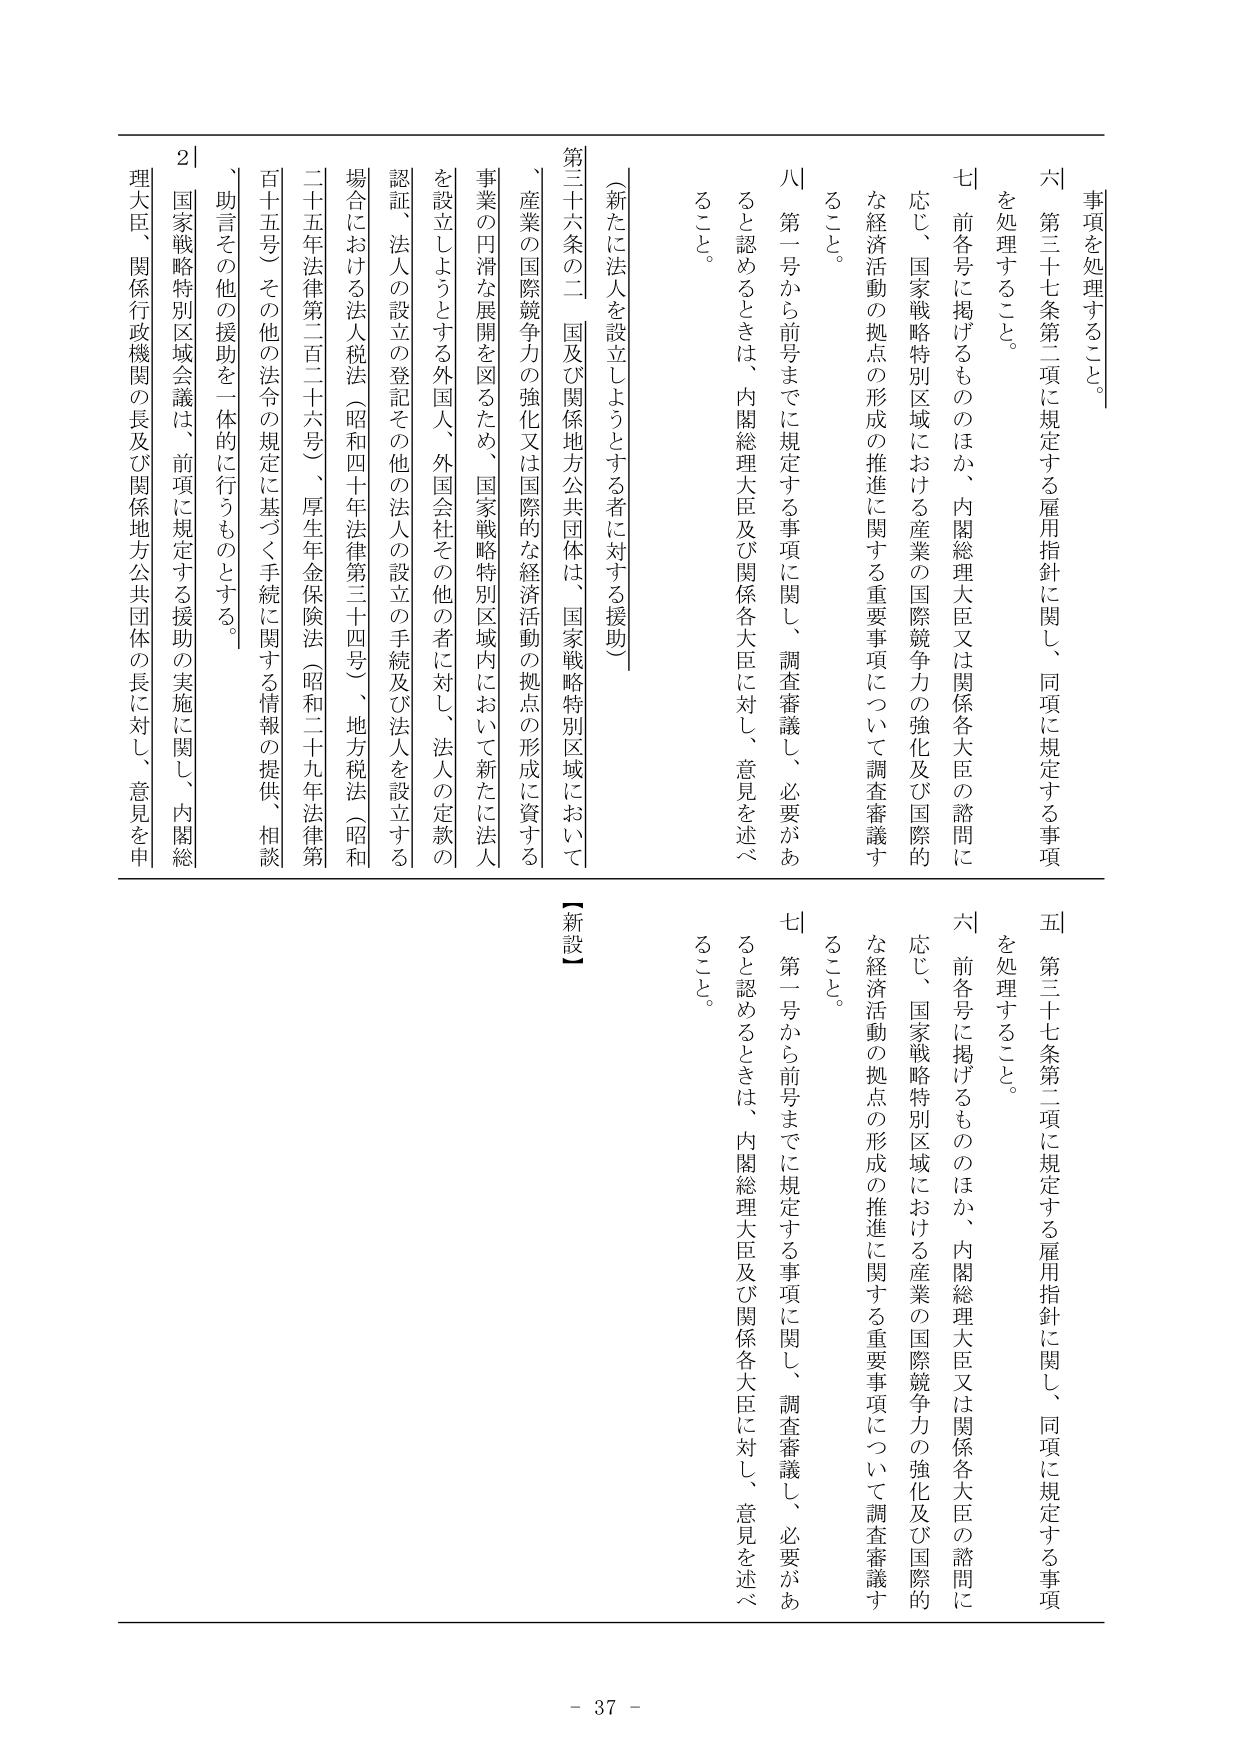
事項を処理すること。

六 第三十七条第二項に規定する雇用指針に関し、同項に規定する事項
を処理すること。

七 前各号に掲げるもののほか、内閣総理大臣又は関係各大臣の諮問に
応じ、国家戦略特別区域における産業の国際競争力の強化及び国際的
な経済活動の拠点の形成の推進に関する重要事項について調査審議す
ること。

八 第一号から前号までに規定する事項に関し、調査審議し、必要があ
ると認めるときは、内閣総理大臣及び関係各大臣に対し、意見を述べ
ること。

（新たに法人を設立しようとする者に対する援助）

第三十六条の二 国及び関係地方公共団体は、国家戦略特別区域において
、産業の国際競争力の強化又は国際的な経済活動の拠点の形成に資する
事業の円滑な展開を図るため、国家戦略特別区域内において新たに法人
を設立しようとする外国人、外国会社その他の者に対し、法人の定款の
認証、法人の設立の登記その他の法人の設立の手続及び法人を設立する
場合における法人税法（昭和四十年法律第三十四号）、地方税法（昭和
二十五年法律第二百二十六号）、厚生年金保険法（昭和二十九年法律第
百十五号）その他の法令の規定に基づく手続に関する情報の提供、相談
、助言その他の援助を一体的に行うものとする。

２ 国家戦略特別区域会議は、前項に規定する援助の実施に関し、内閣総
理大臣、関係行政機関の長及び関係地方公共団体の長に対し、意見を申

【新設】

五 第三十七条第二項に規定する雇用指針に関し、同項に規定する事項
を処理すること。

六 前各号に掲げるもののほか、内閣総理大臣又は関係各大臣の諮問に
応じ、国家戦略特別区域における産業の国際競争力の強化及び国際的
な経済活動の拠点の形成の推進に関する重要事項について調査審議す
ること。

七 第一号から前号までに規定する事項に関し、調査審議し、必要があ
ると認めるときは、内閣総理大臣及び関係各大臣に対し、意見を述べ
ること。

- 37 -